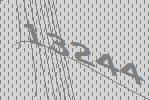
13244